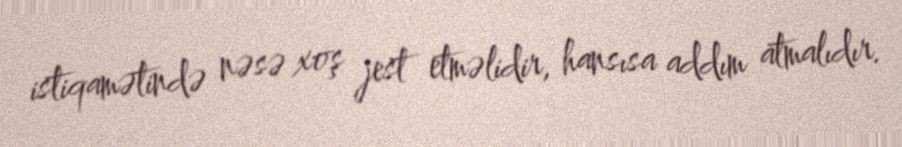
istiqamətində nəsə xoş jest etməlidir, hansısa addım atmalıdır.